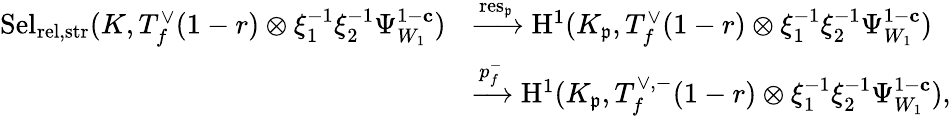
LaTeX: \begin{array}{rl}{\mathrm{Sel}_{{\mathrm{rel},\mathrm{str}}}(K,T_{f}^{\vee}(1-r)\otimes\xi_{1}^{-1}\xi_{2}^{-1}\Psi_{W_{1}}^{1-\mathbf{c}})}&{\xrightarrow{\mathrm{res}_{\mathfrak{p}}}{\mathrm{H}}^{1}(K_{\mathfrak{p}},T_{f}^{\vee}(1-r)\otimes\xi_{1}^{-1}\xi_{2}^{-1}\Psi_{W_{1}}^{1-\mathbf{c}})}\\ &{\xrightarrow{p_{f}^{-}}{\mathrm{H}}^{1}(K_{\mathfrak{p}},T_{f}^{\vee,-}(1-r)\otimes\xi_{1}^{-1}\xi_{2}^{-1}\Psi_{W_{1}}^{1-\mathbf{c}}),}\end{array}